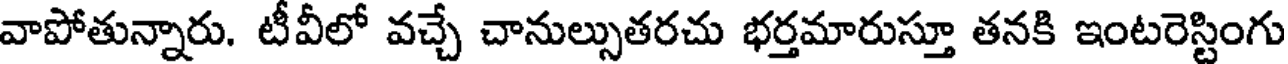
వాపోతున్నారు. టీవీలో వచ్చే చానుల్సుతరచు భర్తమారుస్తూ తనకి ఇంటరెస్టింగు